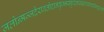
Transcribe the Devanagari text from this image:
जलोन्मज्जदैरावतोद्दानकुम्भस्फुरत्प्रस्खलत्सान्द्रसिन्दूररागे